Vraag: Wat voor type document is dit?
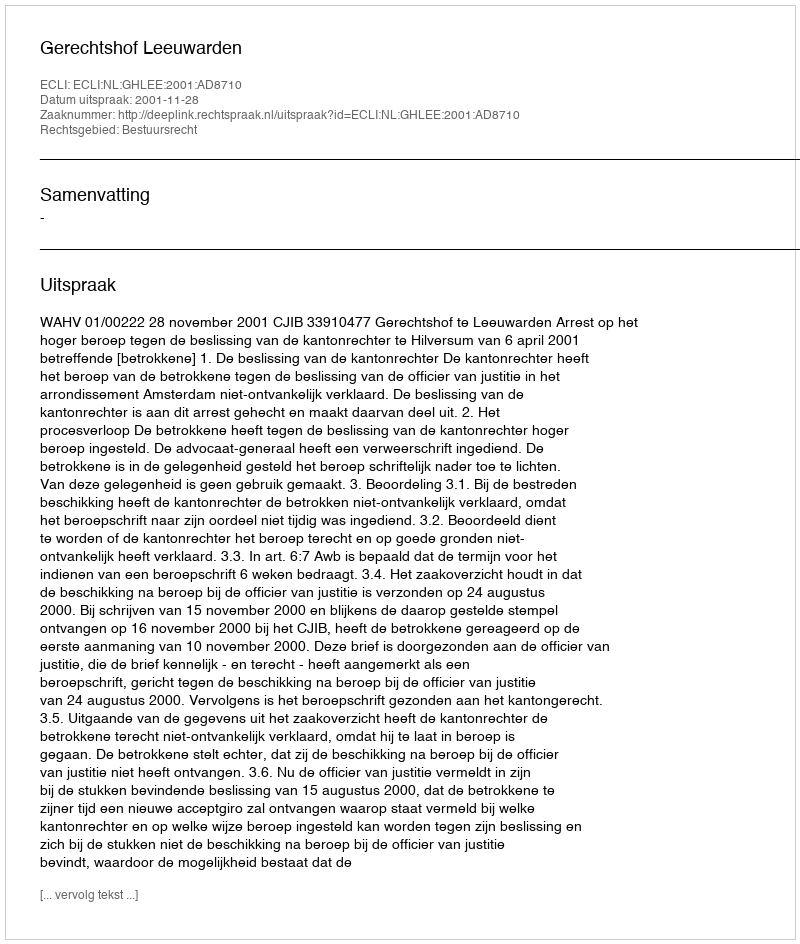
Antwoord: Uitspraak